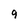
Character: 9